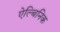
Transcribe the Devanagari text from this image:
ऐल्बिनिक